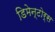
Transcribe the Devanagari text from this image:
डिमेन्टोर्स